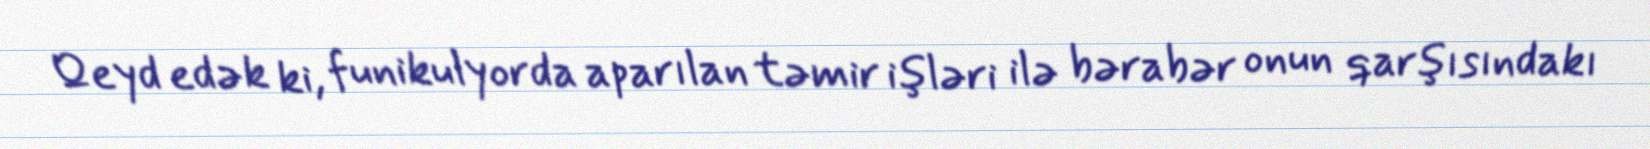
Qeyd edək ki, funikulyorda aparılan təmir işləri ilə bərabər onun qarşısındakı